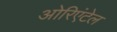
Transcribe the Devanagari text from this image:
ओरिएंटेल